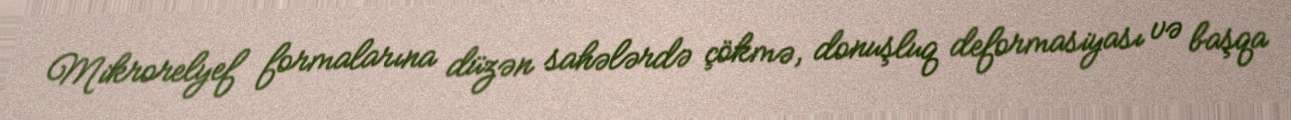
Mikrorelyef formalarına düzən sahələrdə çökmə, donuşluq deformasiyası və başqa